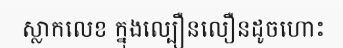
ស្លាកលេខ ក្នុងល្បឿនលឿនដូចហោះ